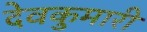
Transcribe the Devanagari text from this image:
देवकुमारी